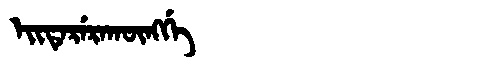
Manchu: ᡝᡳᡨᡝᡵᡝᡵᠠᡴᡡᠩᡤᡝ
Romanization: EITERERAKŪNGGE